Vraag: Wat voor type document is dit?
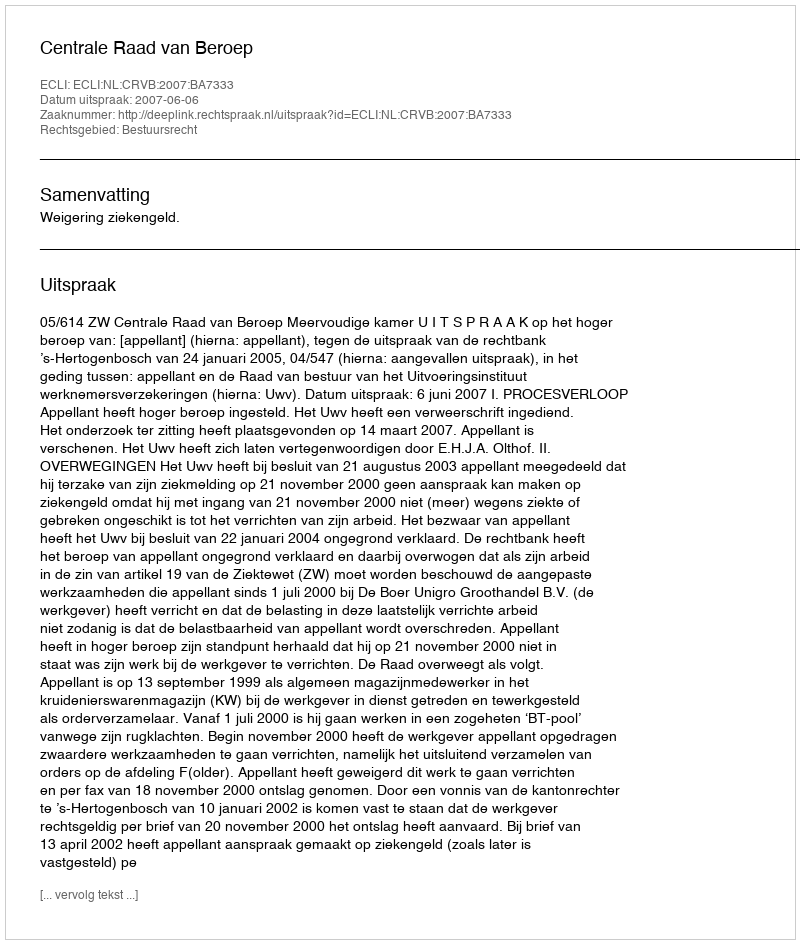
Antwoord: Uitspraak